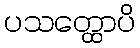
ပသတ္ထောပိ